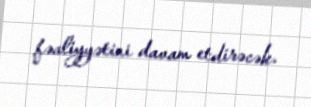
fəaliyyətini davam etdirəcək.